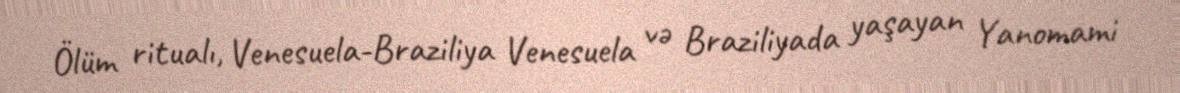
Ölüm ritualı, Venesuela-Braziliya Venesuela və Braziliyada yaşayan Yanomami